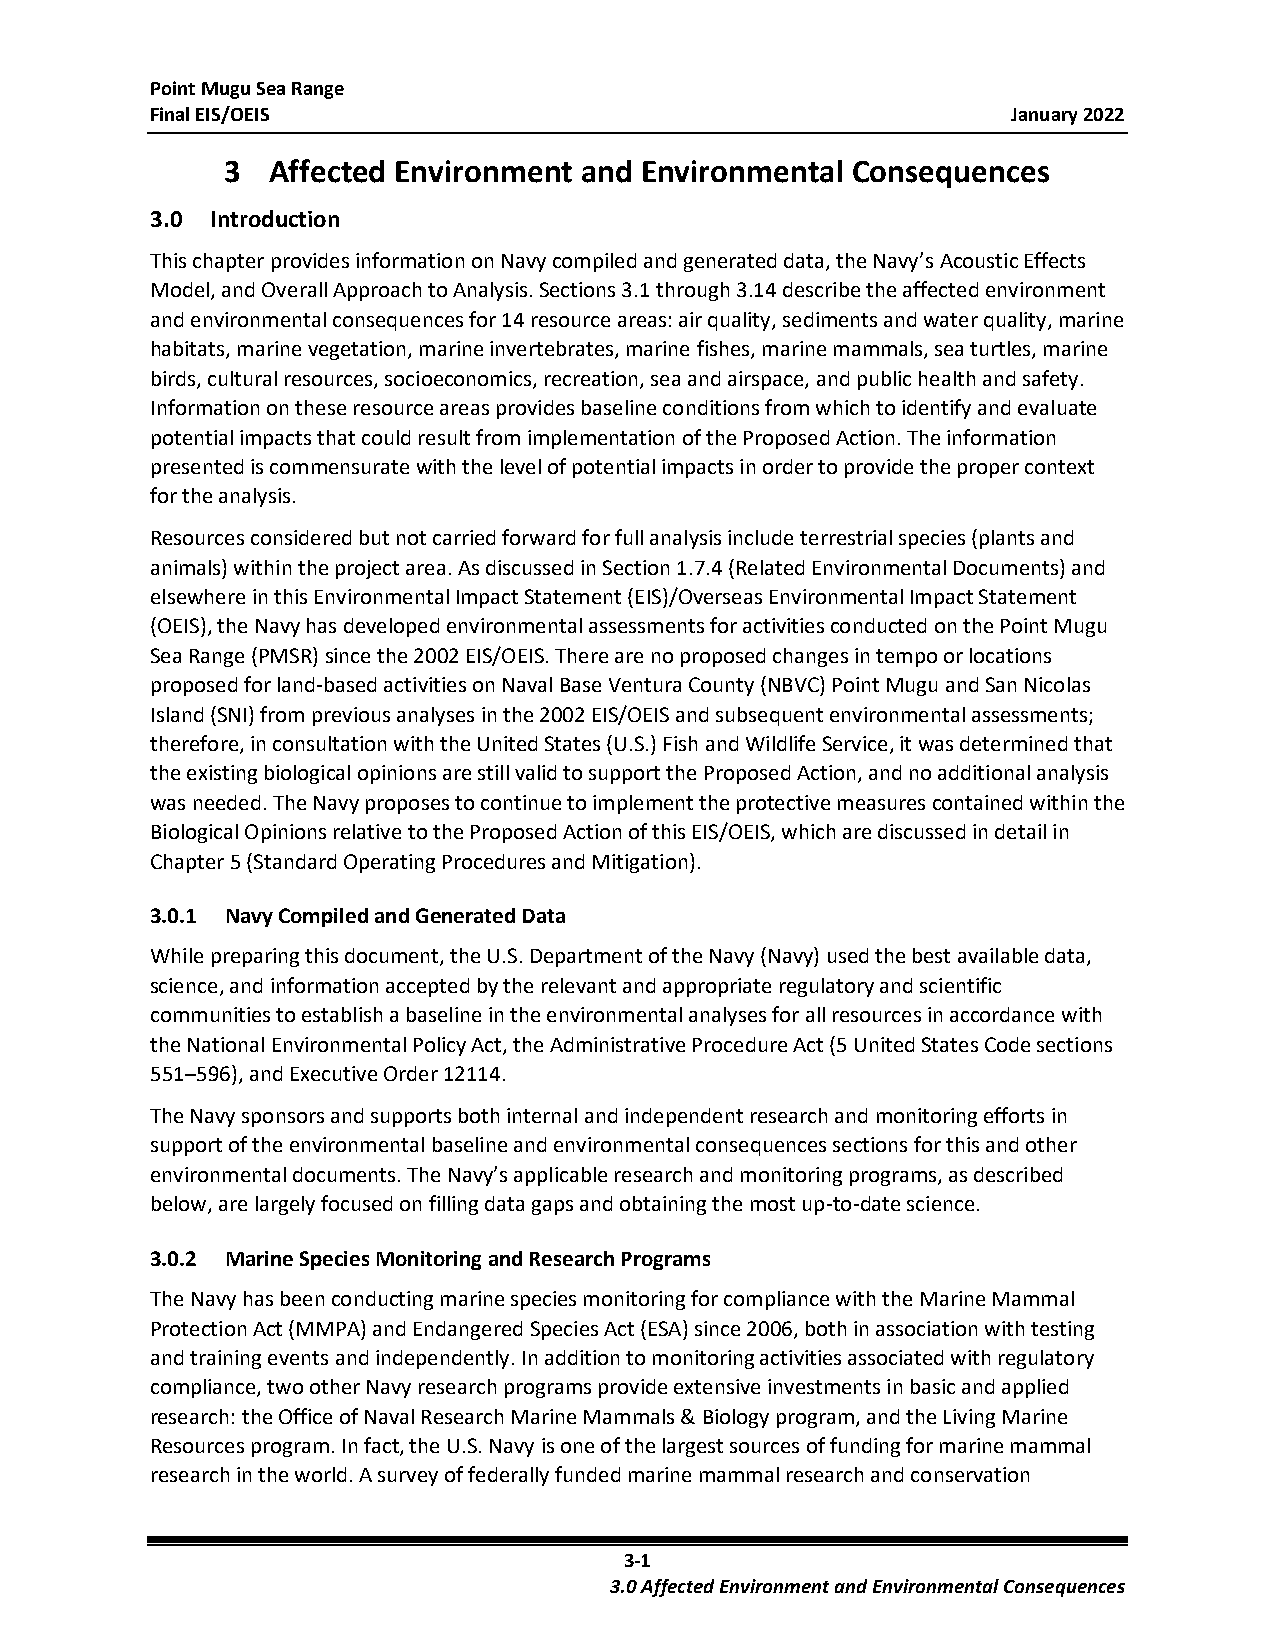
Point Mugu Sea Range
 Final EIS/OEIS                                           January 2022
 3  Affected Environment and Environmental Consequences
 3.0 Introduction
 This chapter provides information on Navy compiled and generated data, the Navy’s Acoustic Effects
 Model, and Overall Approach to Analysis. Sections 3.1 through 3.14 describe the affected environment
 and environmental consequences for 14 resource areas: air quality, sediments and water quality, marine
 habitats, marine vegetation, marine invertebrates, marine fishes, marine mammals, sea turtles, marine
 birds, cultural resources, socioeconomics, recreation, sea and airspace, and public health and safety.
 Information on these resource areas provides baseline conditions from which to identify and evaluate
 potential impacts that could result from implementation of the Proposed Action. The information
 presented is commensurate with the level of potential impacts in order to provide the proper context
 for the analysis.
 Resources considered but not carried forward for full analysis include terrestrial species (plants and
 animals) within the project area. As discussed in Section 1.7.4 (Related Environmental Documents) and
 elsewhere in this Environmental Impact Statement (EIS)/Overseas Environmental Impact Statement
 (OEIS), the Navy has developed environmental assessments for activities conducted on the Point Mugu
 Sea Range (PMSR) since the 2002 EIS/OEIS. There are no proposed changes in tempo or locations
 proposed for land-based activities on Naval Base Ventura County (NBVC) Point Mugu and San Nicolas
 Island (SNI) from previous analyses in the 2002 EIS/OEIS and subsequent environmental assessments;
 therefore, in consultation with the United States (U.S.) Fish and Wildlife Service, it was determined that
 the existing biological opinions are still valid to support the Proposed Action, and no additional analysis
 was needed. The Navy proposes to continue to implement the protective measures contained within the
 Biological Opinions relative to the Proposed Action of this EIS/OEIS, which are discussed in detail in
 Chapter 5 (Standard Operating Procedures and Mitigation).
 3.0.1 Navy Compiled and Generated Data
 While preparing this document, the U.S. Department of the Navy (Navy) used the best available data,
 science, and information accepted by the relevant and appropriate regulatory and scientific
 communities to establish a baseline in the environmental analyses for all resources in accordance with
 the National Environmental Policy Act, the Administrative Procedure Act (5 United States Code sections
 551–596), and Executive Order 12114.
 The Navy sponsors and supports both internal and independent research and monitoring efforts in
 support of the environmental baseline and environmental consequences sections for this and other
 environmental documents. The Navy’s applicable research and monitoring programs, as described
 below, are largely focused on filling data gaps and obtaining the most up-to-date science.
 3.0.2 Marine Species Monitoring and Research Programs
 The Navy has been conducting marine species monitoring for compliance with the Marine Mammal
 Protection Act (MMPA) and Endangered Species Act (ESA) since 2006, both in association with testing
 and training events and independently. In addition to monitoring activities associated with regulatory
 compliance, two other Navy research programs provide extensive investments in basic and applied
 research: the Office of Naval Research Marine Mammals & Biology program, and the Living Marine
 Resources program. In fact, the U.S. Navy is one of the largest sources of funding for marine mammal
 research in the world. A survey of federally funded marine mammal research and conservation
 3-1
 3.0 Affected Environment and Environmental Consequences